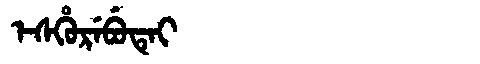
Manchu: ᡝᠰᡥᡠᡵᡝᠪᡠᡨᡝᡳ
Romanization: ESHUREBUTEI